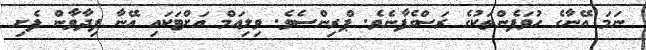
ނަމަ އޭނާގެ ހުވަފެންތަކުގެ ރަސްގެފާނެވެ. ޕްރިންސެވެ. ވިލިއަމް އަށްޓަކައި އޭނާ ފިދާވާން ފެށި